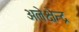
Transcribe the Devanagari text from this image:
अलेक्षेन्द्र